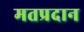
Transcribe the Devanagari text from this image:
मतप्रदान